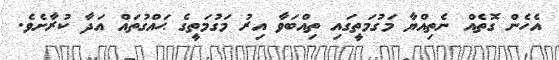
އެހެން ގޮތެއް ނެތިއްޔާ މަގުމަތީގައި ތިއްބަވާ އިރު މަގުމަތީގެ ޙައްގުތައް އަދާ ކުރާށެވެ.